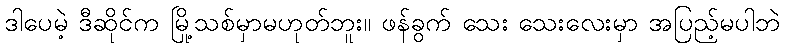
ဒါပေမဲ့ ဒီဆိုင်က မြို့သစ်မှာမဟုတ်ဘူး။ ဖန်ခွက် သေး သေးလေးမှာ အပြည့်မပါဘဲ